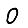
Digit: 0